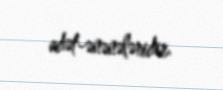
adət-ənənələridir.